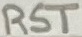
Text: RST